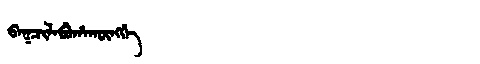
Manchu: ᠪᠠᡴᠴᡳᠯᠠᠪᡠᡥᠠᡴᡡᠩᡤᡝ
Romanization: BAKCILABUHAKŪNGGE